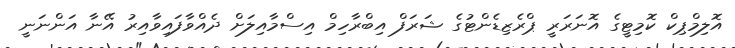
އޮލިމްޕިކް ކޮމިޓީގެ އޮނަރަރީ ޕްރެޒިޑެންޓުގެ ޝަރަފް އިބްރާހިމް އިސްމާއިލަށް ދެއްވާފައިވާއިރު އޭނާ އަންނަނީ